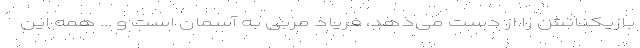
بازیکنانش را از دست می‌دهد، فریاد مربی به آسمان است و ... همه این